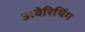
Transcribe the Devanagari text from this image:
अवेरिथिंग